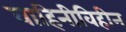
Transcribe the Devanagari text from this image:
वाहिनीविहीन